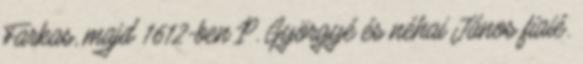
Farkas, majd 1612-ben P. Györgyé és néhai János fiaié.